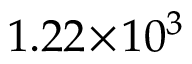
1 . 2 2 \! \times \! 1 0 ^ { 3 }